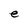
Character: e